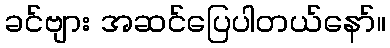
ခင်ဗျား အဆင်ပြေပါတယ်နော်။